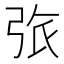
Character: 㢳